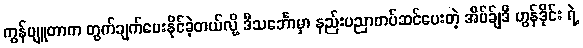
ကွန်ပျူတာက တွက်ချက်ပေးနိုင်ခဲ့တယ်လို့ ဒီသင်္ဘောမှာ နည်းပညာတပ်ဆင်ပေးတဲ့ အိပ်ခ်ျဒီ ဟွန်ဒိုင်း ရဲ့